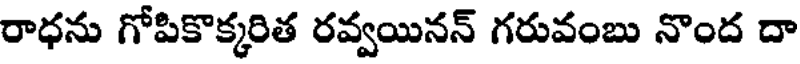
రాధను గోపికొక్కరిత రవ్వయినన్ గరువంబు నొంద దా